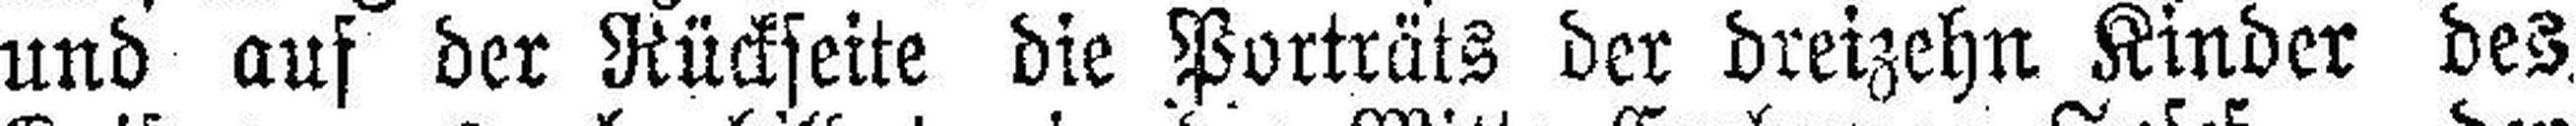
und auf der Rückseite die Porträts der dreizehn Kinder des